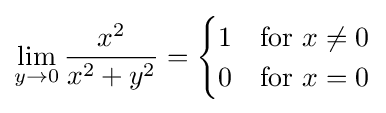
\lim _{y\to 0}{\frac {x^{2}}{x^{2}+y^{2}}}={\begin{cases}1&{\text{for }}x\neq 0\\0&{\text{for }}x=0\end{cases}}